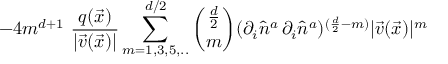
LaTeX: - 4 m ^ { d + 1 } \, \, \frac { q ( \vec { x } ) } { | \vec { v } ( \vec { x } ) | } \sum _ { m = 1 , 3 , 5 , . . } ^ { d / 2 } { \binom { \frac { d } { 2 } } { m } } ( \partial _ { i } \hat { n } ^ { a } \, \partial _ { i } \hat { n } ^ { a } ) ^ { ( \frac { d } { 2 } - m ) } | \vec { v } ( \vec { x } ) | ^ { m }